Scottish Leaving Certificate Examination, 1959
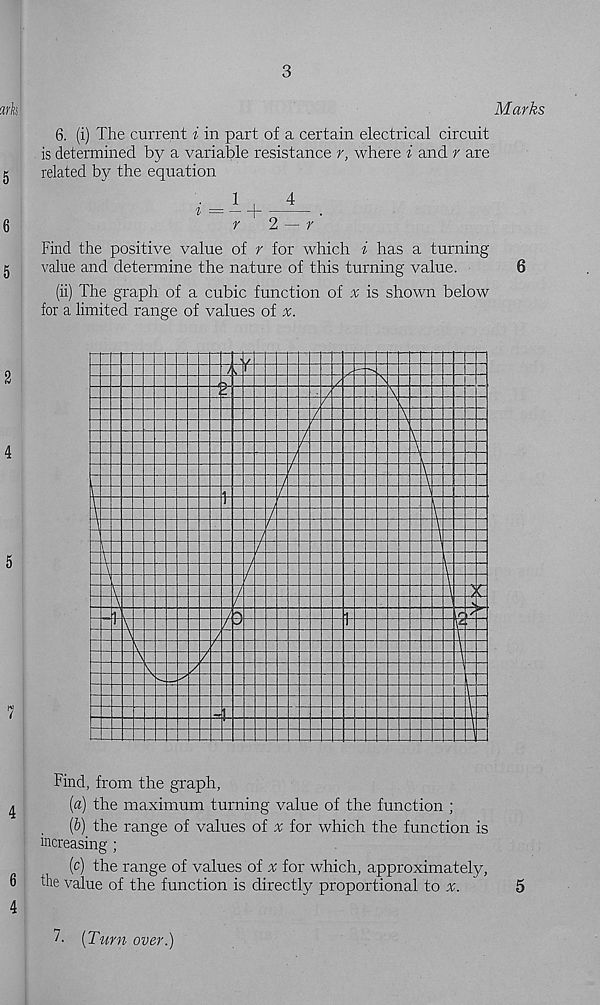
3
Marks
6. (i) The current i in part of a certain electrical circuit
is determined by a variable resistance r, where i and r are
related by the equation
Find the positive value of r for which i has a turning
value and determine the nature of this turning value.
6
(ii) The graph of a cubic function of v is shown below
for a limited range of values of
Find, from the graph,
[а) the maximum turning value of the function ;
(б) the range of values of v for which the function is
increasing;
(c) the range of values of v for which, approximately,
ihe value of the function is directly proportional to x.
5
7- [Turn over.)